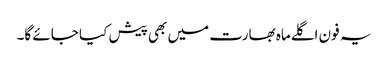
یہ فون اگلےماہ بھارت میں بھی پیش کیا جائے گا۔